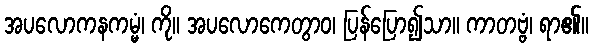
အပလောကနကမ္မံ၊ ကို။ အပလောကေတွာဝ၊ ပြန်ပြော၍သာ။ ကာတဗ္ဗံ၊ ရာ၏။